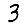
Digit: 3